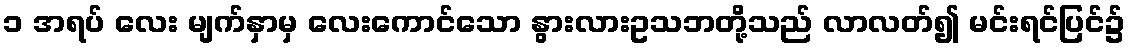
၁ အရပ် လေး မျက်နှာမှ လေးကောင်သော နွားလားဥသဘတို့သည် လာလတ်၍ မင်းရင်ပြင်၌